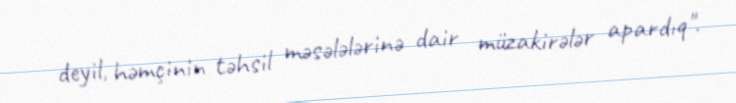
deyil, həmçinin təhsil məsələlərinə dair müzakirələr apardıq".